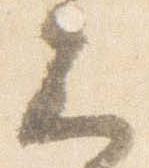
云